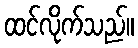
ထင်လိုက်သည်။